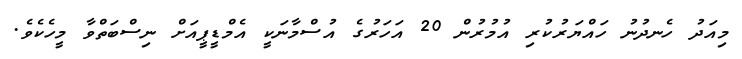
މިއަދު ހެނދުނު ހައްޔަރުކުރި އުމުރުން 20 އަހަރުގެ އުސްމާނަކީ އެމްޑީޕީއަށް ނިސްބަތްވާ މީހެކެވެ.